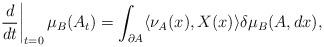
LaTeX: \begin{align*}\left.\frac{d}{dt}\right|_{t=0} \mu_B(A_t)=\int_{\partial A} \langle \nu_A(x),X(x)\rangle \delta \mu_B(A,dx),\end{align*}